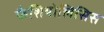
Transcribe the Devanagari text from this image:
फैशियोलिसिस